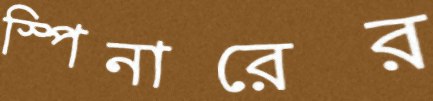
স্পিনারের